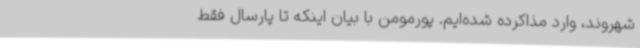
شهروند، وارد مذاکرده شده‌ایم. پورمومن با بیان اینکه تا پارسال فقط